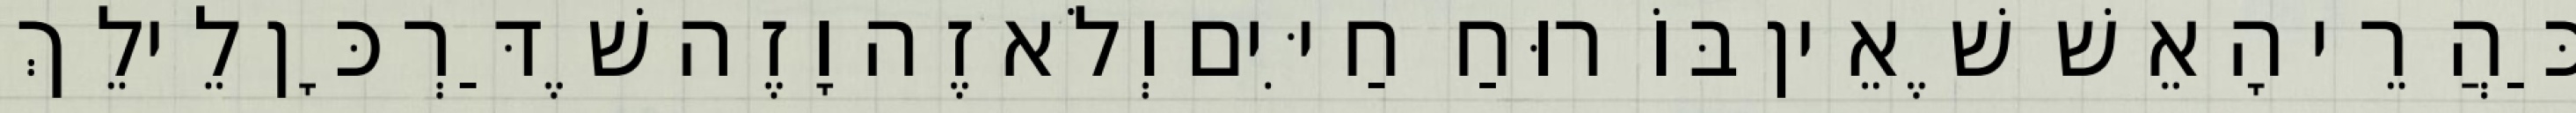
כַּהֲרֵי הָאֵשׁ שֶׁאֵין בּוֹ רוּחַ חַיִּים וְלֹא זֶה וָזֶה שֶׁדַּרְכָּן לֵילֵךְ